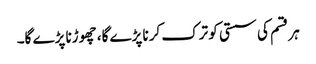
ہر قسم کی سستی کو ترک کرنا پڑے گا، چھوڑنا پڑے گا۔